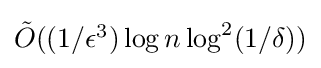
\textstyle {\tilde {O}}((1/\epsilon ^{3})\log n\log ^{2}(1/\delta ))